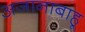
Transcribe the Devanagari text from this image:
अजानाबाहू